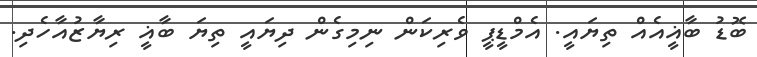
ބޮޑު ބާޣީއެއް ތިޔައީ. އެމްޑީޕީ ވެެރިކަން ނިމިގެން ދިޔައީ ތިޔަ ބާޣީ ރިޔާޒުއާހެދި.